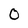
Character: 0